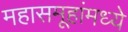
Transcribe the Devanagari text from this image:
महासमूहांमध्ये